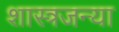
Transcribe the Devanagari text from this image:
शास्त्रजन्या